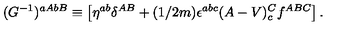
( G ^ { - 1 } ) ^ { a A b B } \equiv \left[ \eta ^ { a b } \delta ^ { A B } + ( 1 / 2 m ) \epsilon ^ { a b c } ( A - V ) _ { c } ^ { C } f ^ { A B C } \right] .